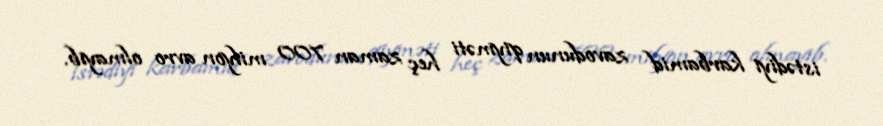
istədiyi karbamid zavodunun qiyməti heç zaman 700 milyon avro olmayıb.